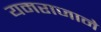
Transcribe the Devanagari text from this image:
यमराजाने